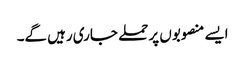
ایسے منصوبوں پر حملے جاری رہیں گے۔